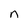
Character: n